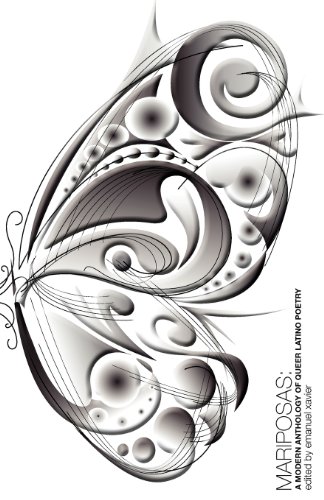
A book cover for MARIPOSAS: A Modern Anthology of Queer Latino Poetry; Emanuel Xavier; Gay & Lesbian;